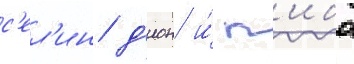
с'ел'ин д'ион и́ п'ибо